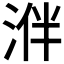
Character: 𣵲